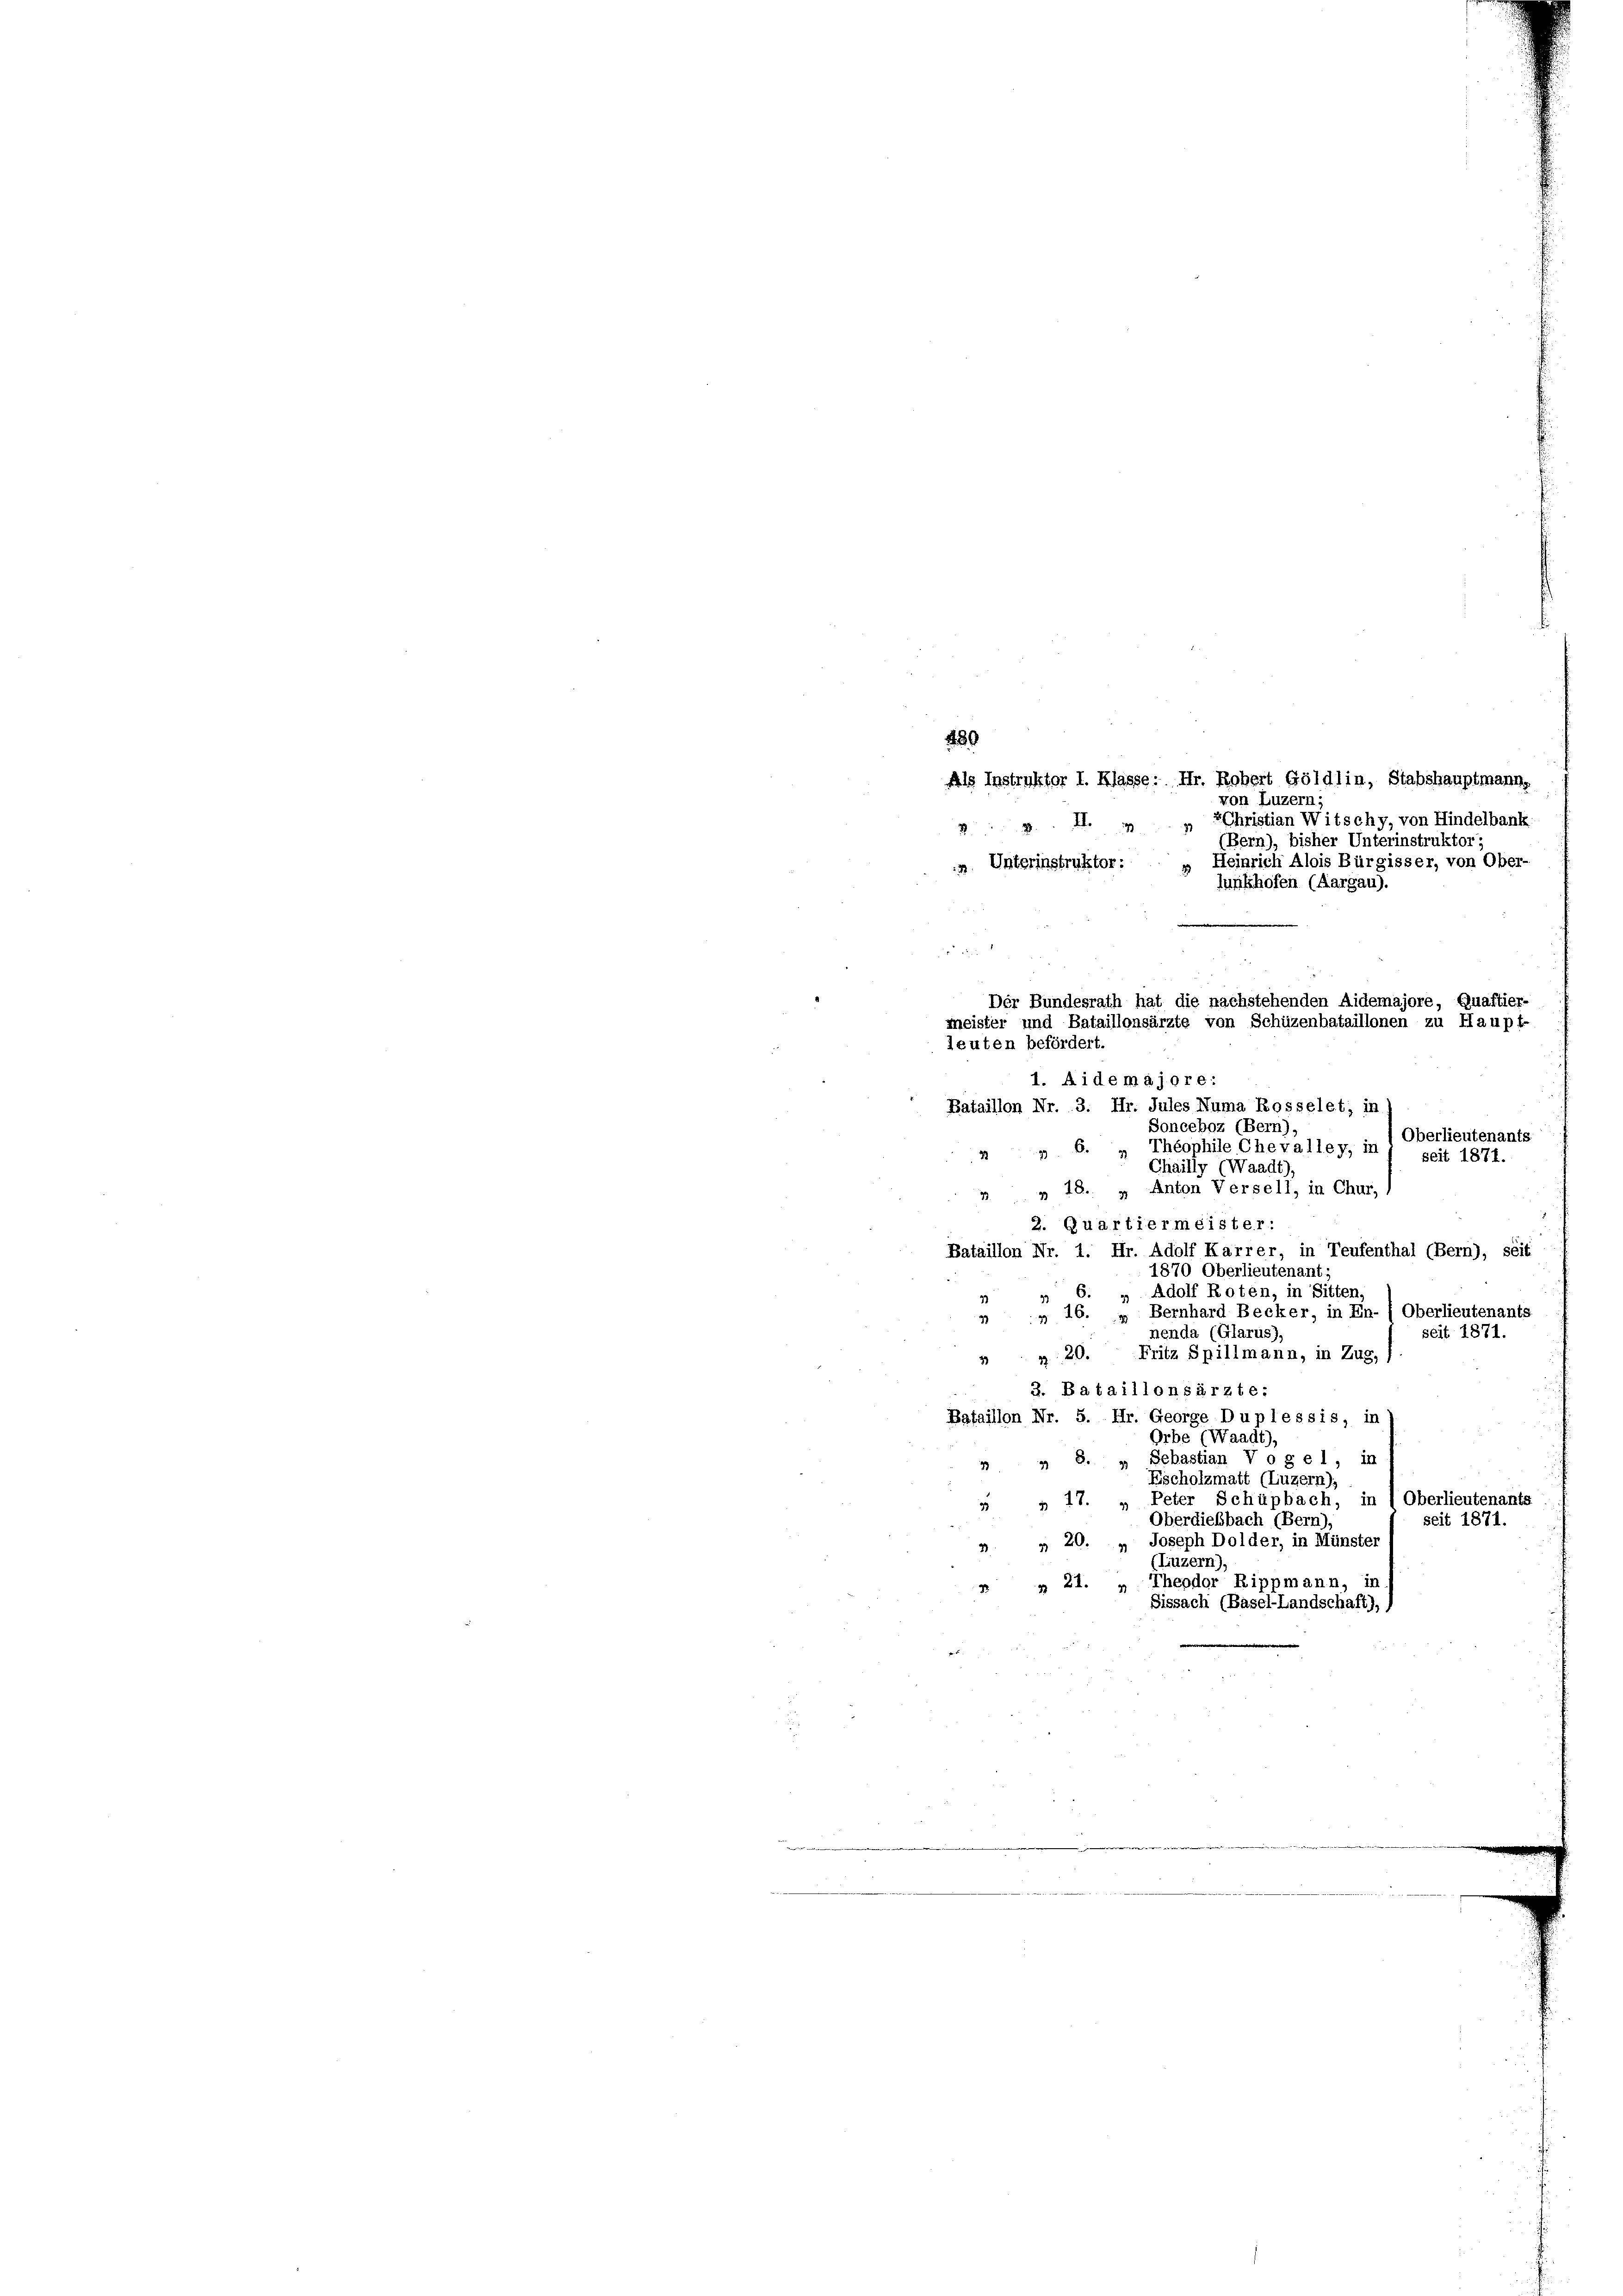
430

Als Instruktor I. Klasse: Hr. Robert Göldlin, Stabshauptmann,
von Luzern
29. II. „ „ SChristian Witschy, von Hindelbank.
(Bern), bisher Unterinstruktor;
 Unterinstruktor: „Heinrich Alois Bürgisser, von Ober-
lunkhofen (Aargau).
Der Bundesrath hat die nachstehenden Aidemajore, Quaftier-
meister und Bataillonsärzte von Schüzenbataillonen zu Haupt-

leuten befördert.

1. A ide majore:
Bataillon Nr. 3. Hr. Jules Numa Rosselet; in
Sonceboz (Bern)
Oberlieutenants
" 6. „ Théophile Chevalley, in 1 seit 1874.
Chailly (Waadt
 " 48. " Anton Versell, in Chur,
2. Quartiermeister:
Bataillon Nr. 1. Hr. Adolf Karrer, in Teufenthal (Bern), seit
1870 Oberlieutenant;
6. " Adolf Roten, in Sitten
17
3
„ „ 16. „ Bernhard Becker, in En-) Oberlieutenants
nenda (Glarus)
seit 1871.
3 n 20. Fritz Spillmann, in Zug, f
3. Bataillonsärzte:
Bataillon Nr. 5. Hr. George Duplessis, in
Orbe (Waadt).
 8. „ Sebastian Vogel, in
Escholzmatt (Luzern),
 „ 17. „ Peter Schüpbach, in , Oberlieutenants
Oberdiesbach (Bern)
seit 1871.
n " 20. „ Joseph Dolder, in Münster
(Luzern)
2 " 21. „ Theodor Rippmann, in
Fissach (Basel-Landschaft),)